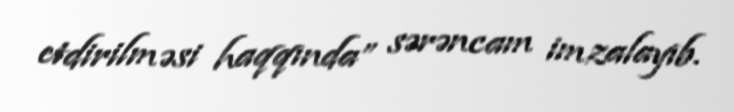
etdirilməsi haqqında” sərəncam imzalayıb.